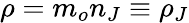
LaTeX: \rho=m_{o}n_{J}\equiv\rho_{J}